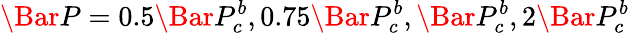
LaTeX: \Bar{P}=0.5\Bar{P}_{c}^{b},0.75\Bar{P}_{c}^{b},\Bar{P}_{c}^{b},2\Bar{P}_{c}^{b}